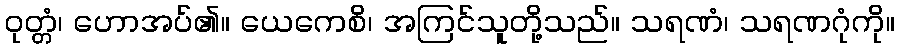
ဝုတ္တံ၊ ဟောအပ်၏။ ယေကေစိ၊ အကြင်သူတို့သည်။ သရဏံ၊ သရဏဂုံကို။